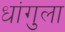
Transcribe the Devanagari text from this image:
धांगुला